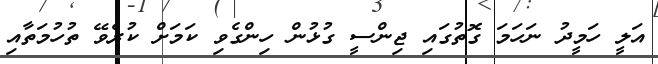
އަލީ ހަމީދު ނަހަމަ ގޮތުގައި ޖިންސީ ގުޅުން ހިންގެވި ކަމަށް ކުރެވޭ ތުހުމަތާއި